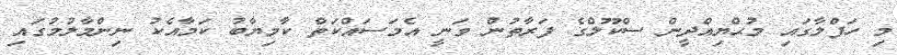
މި ހަފްލާގައި މުޙްޔިއްދީން ސްކޫލްގެ ފަރާތުން ވަނީ އެމަސައްކަތް ކާމިޔާބު ކަމާއެކު ނިންމާލުމުގައި